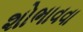
શોભાવવા